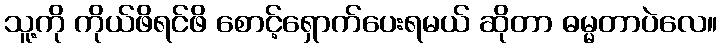
သူ့ကို ကိုယ်ဖိရင်ဖိ စောင့်ရှောက်ပေးရမယ် ဆိုတာ ဓမ္မတာပဲလေ။